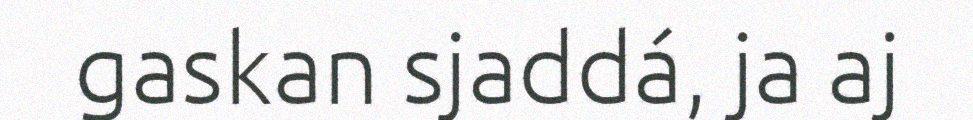
gaskan sjaddá, ja aj